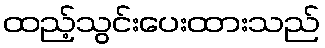
ထည့်သွင်းပေးထားသည်